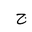
Letter: _gim